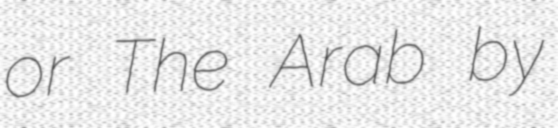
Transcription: or The Arab by